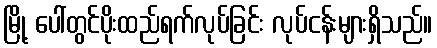
မြို့ ပေါ်တွင်ပိုးထည်ရက်လုပ်ခြင်း လုပ်ငန်းများရှိသည်။